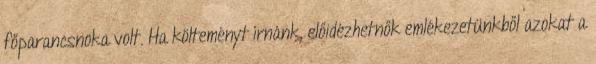
főparancsnoka volt. Ha költeményt írnánk, előidézhetnők emlékezetünkből azokat a